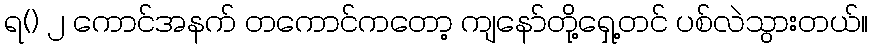
ရ() ၂ ကောင်အနက် တကောင်ကတော့ ကျနော်တို့ရှေ့တင် ပစ်လဲသွားတယ်။